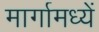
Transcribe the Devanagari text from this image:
मार्गामध्यें